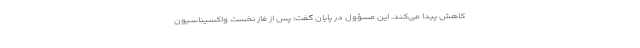
کاهش پیدا می‌کند. این مسؤول در پایان گفت: پس از فاز نخست واکسیناسیون